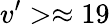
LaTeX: v^{\prime}>\approx 19